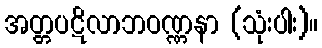
အတ္တပဋိလာဘဝဏ္ဏနာ (သုံးပါး)။